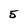
Character: 5